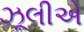
ઝૂલીએ